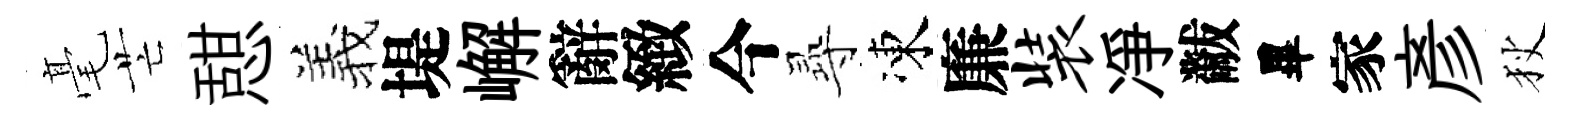
毫芒憇羲堤嶰辭緻今𡬶凍廉装凈黻畢家彥狄